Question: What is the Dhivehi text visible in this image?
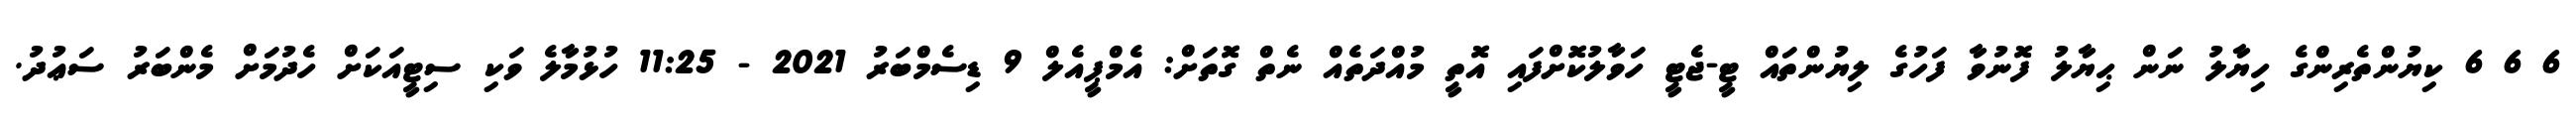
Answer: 6 6 6 ކިޔުންތެރިންގެ ހިޔާލު ނަން ޙިޔާލު ފޮނުވާ ފަހުގެ ލިޔުންތައް ޓީ-ޖެޓީ ހަވާލުކޮށްފައި އޮތީ މުއްދަތެއް ނެތް ގޮތަށް: އެމްޕީއެލް 9 ޑިސެމްބަރު 2021 - 11:25 ހުޅުމާލެ ވަކި ސިޓީއަކަށް ހެދުމަށް މެންބަރު ސަޢުދު.